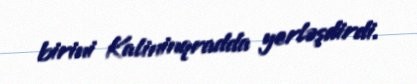
birini Kalininqradda yerləşdirdi.